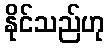
နိုင်သည်ဟု